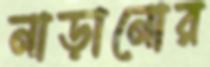
নাড়ানোর